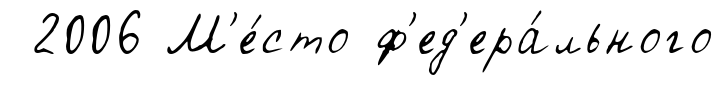
2006 М'е́сто ф'ед'ера́льного